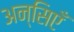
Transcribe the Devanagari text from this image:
अन्सिएँ